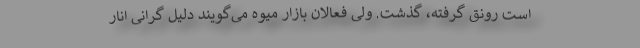
است رونق گرفته، گذشت. ولی فعالان بازار میوه می‌گویند دلیل گرانی انار